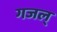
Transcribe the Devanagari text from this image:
गजल्